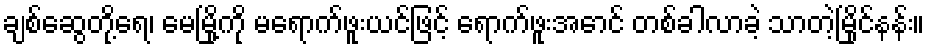
ချစ်ဆွေတို့ရေ၊ မေမြို့ကို မရောက်ဖူးယင်ဖြင့် ရောက်ဖူးအောင် တစ်ခါလာခဲ့ သာတဲ့မြိုင်နန်း။